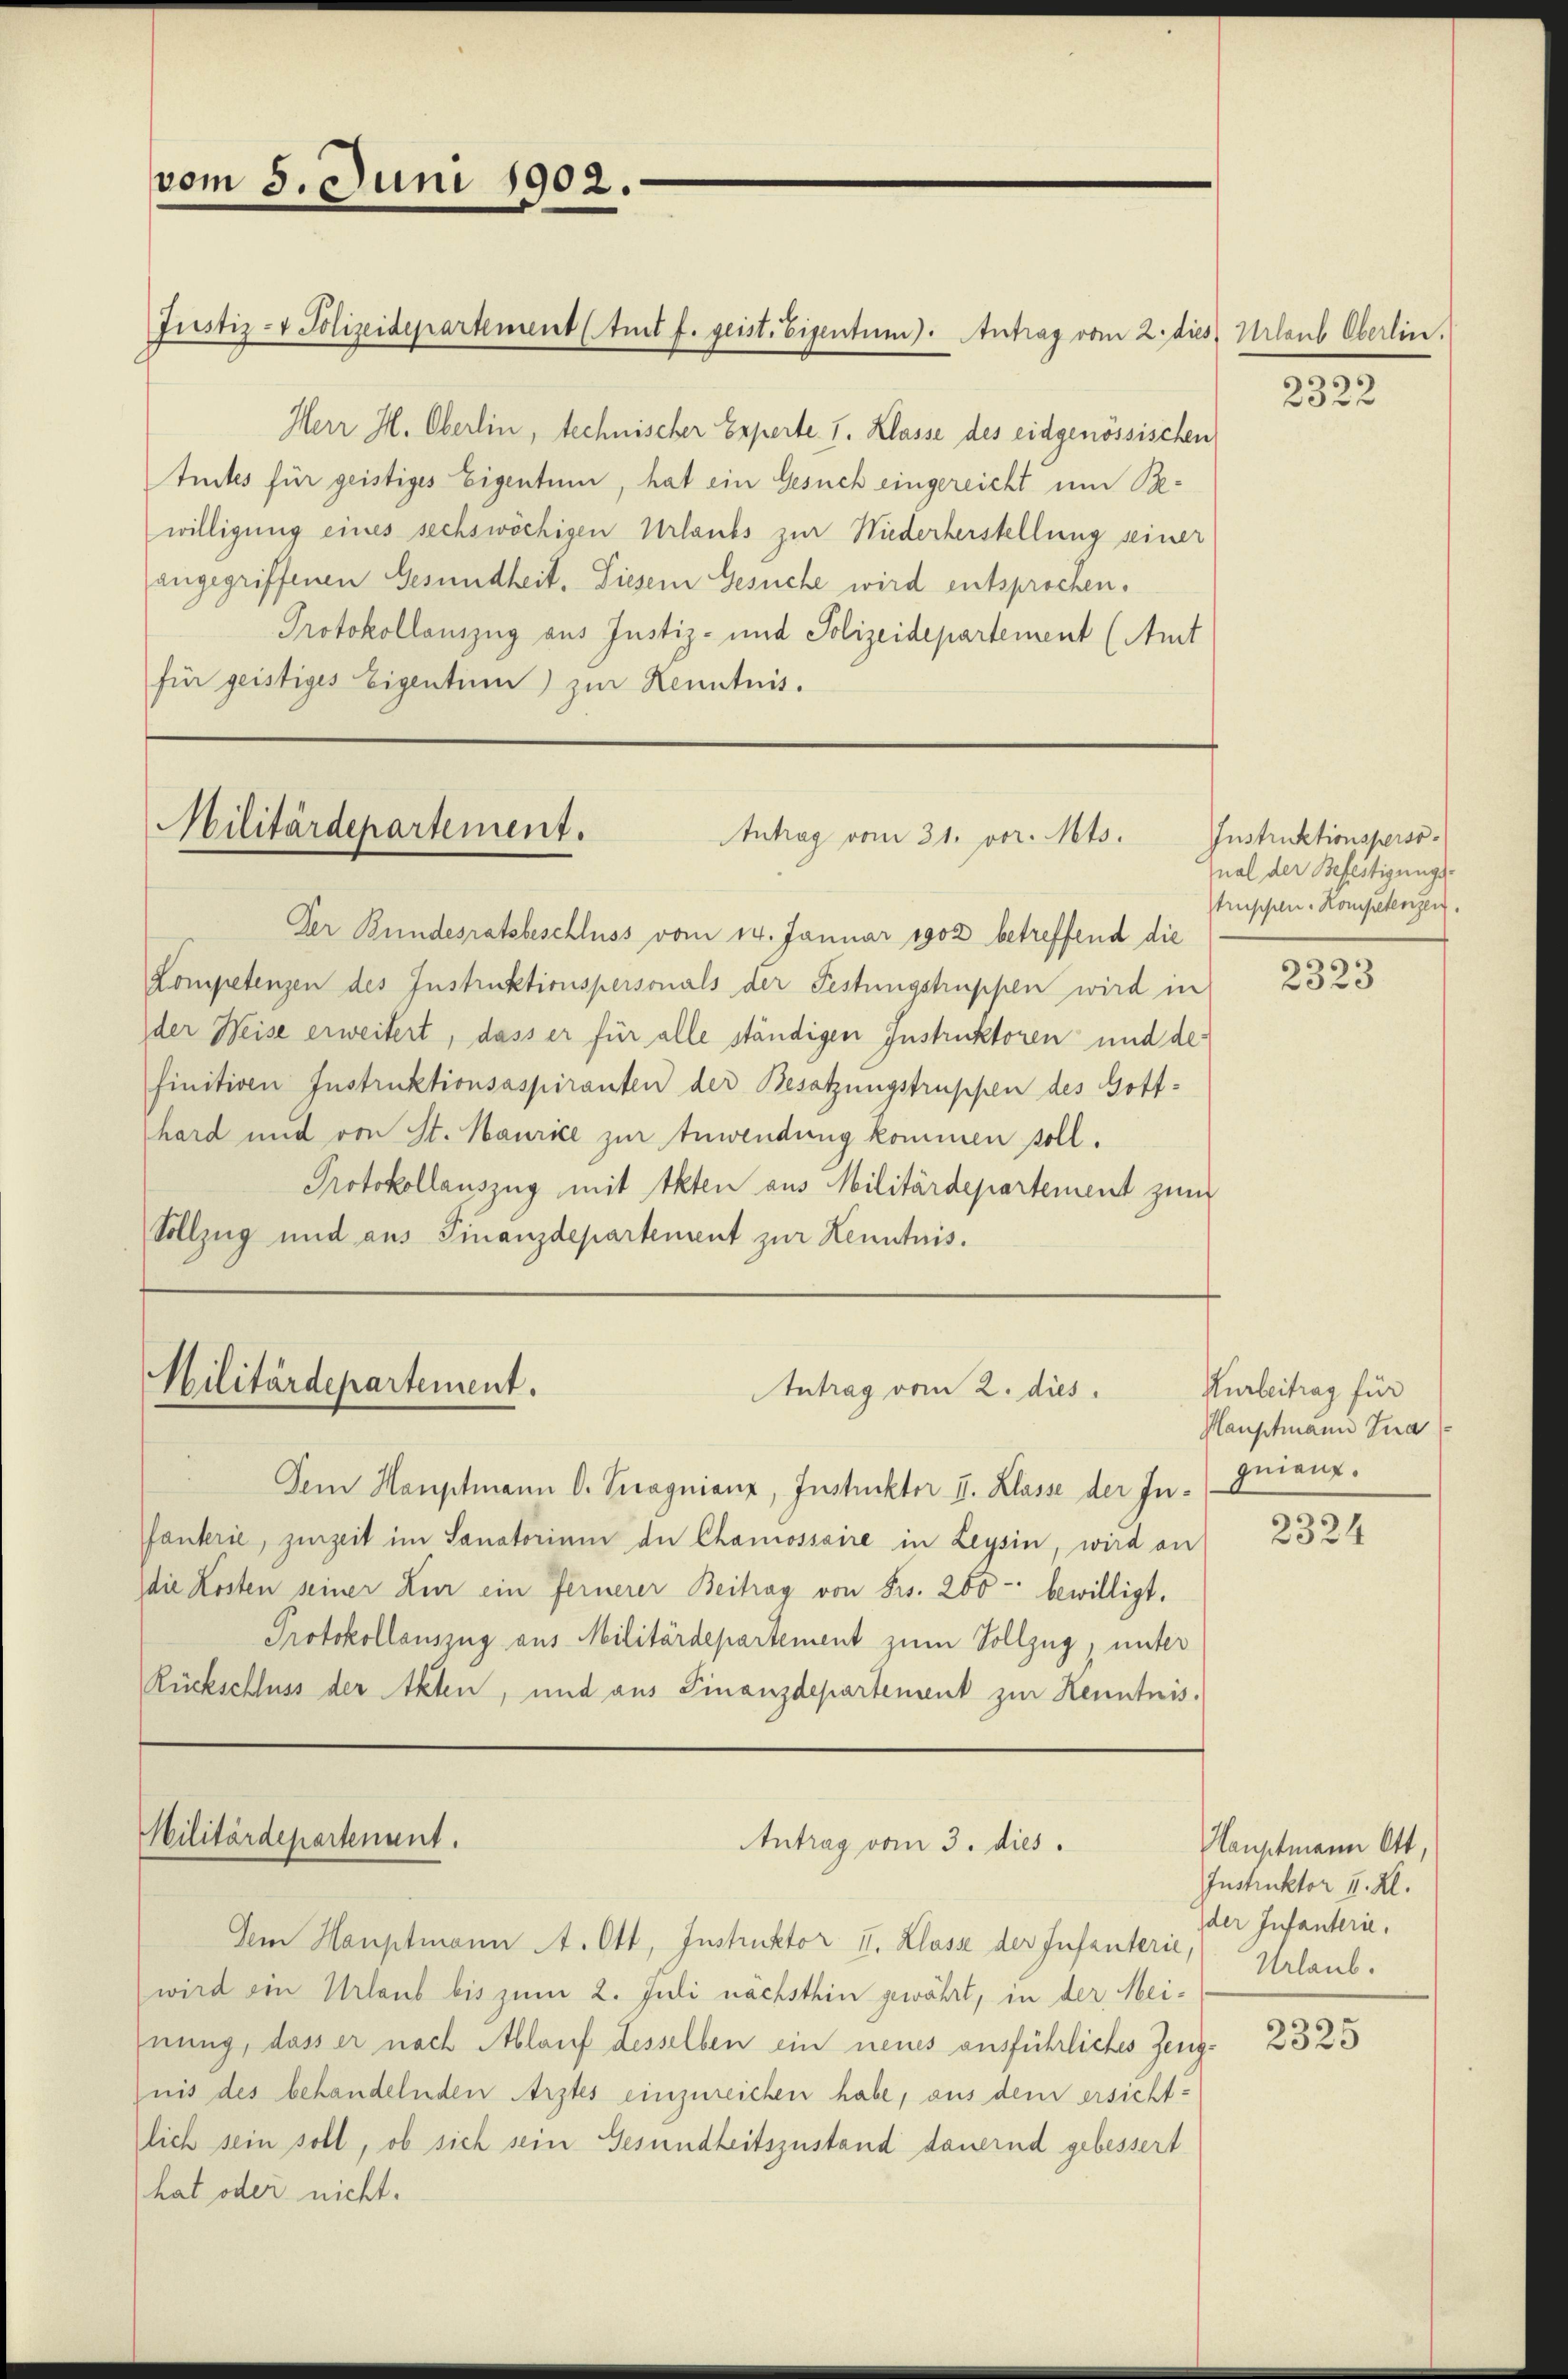
vom 5. Juni 1902.

Justiz- & Polizeidepartement (Amt f. geist. Eigentum). Antrag vom 2. dies

Militärdepartement.
Antrag vom 31. vor. Mts.

Militärdepartement.

Militärdepartement.

Herr H. Oberlin, technischer Experte I. Klasse des eidgenössischen
tückes für geistiges Eigentum, hat ein Gesuch eingereicht um Bewilligung eines sechswochigen Urlaubs zur Niederherstellung seiner
angegriffenen Gesundheit. Diesem Gesuche wird entsprochen.
Protokollauszug aus Justiz- und Polizeidepartement (Amt
für geistiges Eigentum) zur Kenntnis.

Der Bundesratsbeschluss vom 14. Januar 1902 betreffend die
Kompetenzen des Instruktionspersonals der Festungstruppen wird in
der Weise erweitert, dass er für alle ständigen Instruktoren und der
finitiven Instruktionsaspiranten der Besatzungstruppen des Gotthard und von St. Maurice zur Anwendung kommen soll.
Protokollauszug mit Akten aus Militärdepartement zum
Vollzug und aus Finanzdepartement zur Kenntnis.

Antrag vom 2. dies

Dem Hauptmann D. Seragnienz, Instruckter II. Klasse der Infankrie, zurzeit im Sanatorium de Chamossaire in Leysin, wird an
die Kosten seiner Zur ein Fernerer Beitrag von Frs. 200 bewilligt.
Protokollauszug aus Militärdepartement zum Vollzug, unter
Rückschluss der Akten, und aus Finanzdepartement zur Kenntnis¬

Antrag vom 3. dies

Im Hauptmann A. Ott, Instruktor I. Klasse der Infanterie, Urlaub.
wird ein Urlaub bis zum 2. Juli nächsthin gewährt, in der Meihnung, dass er nach Ablauf desselben ein neues ausführliches Zeugnis des behandelnden Arztes einzureichen habe, aus dem ersichtlich sein soll, ob sich sein Gesundheitszustand dauernd gebessert
hat oder nicht.

Urlaub Oberlin.

2322

Instruktionsperso
nal der Befestigungs-
Struppen. Kompetenzen.

2323

Kurbeitrag für
Hauptmann Ina
geiauf.

2324

Hauptmann Ott,
Instruktor u. Kl.
der Infanterie.

2325